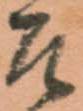
そ